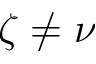
\zeta \neq \nu